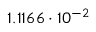
1 . 1 1 6 6 \cdot 1 0 ^ { - 2 }